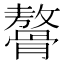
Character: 𩪋